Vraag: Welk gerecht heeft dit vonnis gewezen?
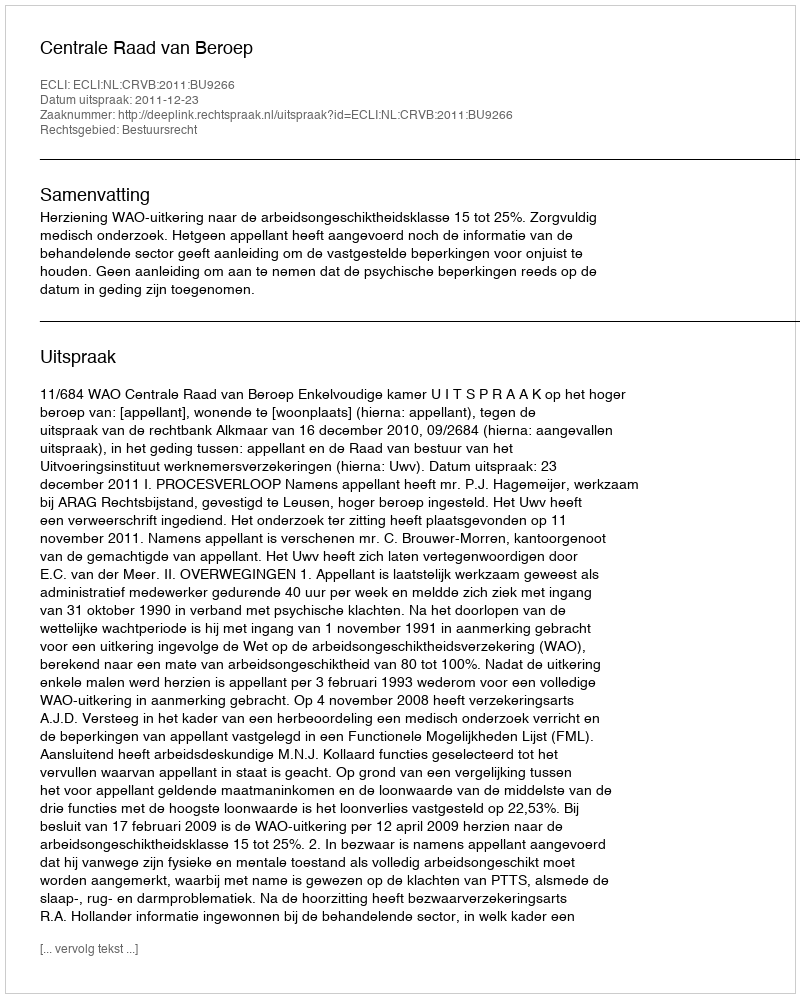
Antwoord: Centrale Raad van Beroep